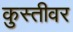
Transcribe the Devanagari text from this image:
कुस्तीवर